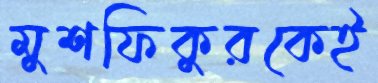
মুশফিকুরকেই